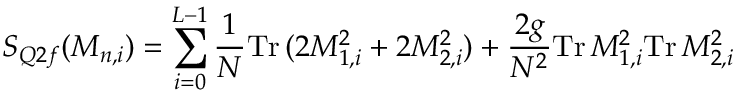
S _ { Q 2 f } ( M _ { n , i } ) = \sum _ { i = 0 } ^ { L - 1 } \frac { 1 } { N } \mathrm { T r } \, ( 2 M _ { 1 , i } ^ { 2 } + 2 M _ { 2 , i } ^ { 2 } ) + \frac { 2 g } { N ^ { 2 } } \mathrm { T r } \, M _ { 1 , i } ^ { 2 } \mathrm { T r } \, M _ { 2 , i } ^ { 2 }